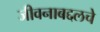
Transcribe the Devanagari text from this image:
जीवनाबद्दलचे